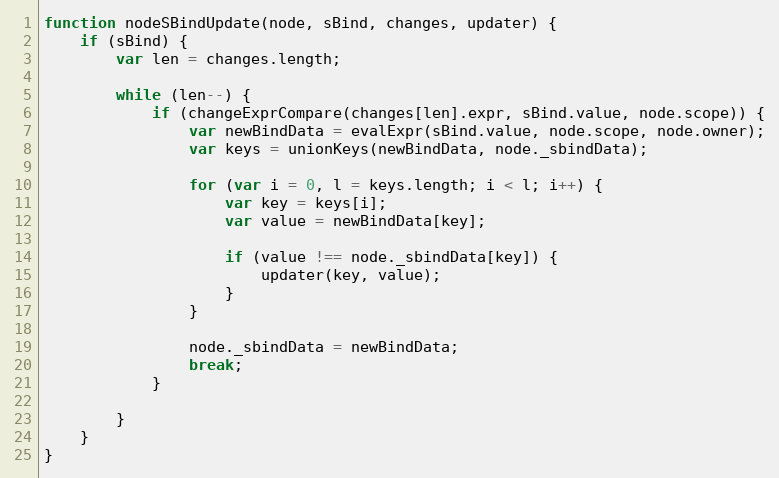
Language: JavaScript
function nodeSBindUpdate(node, sBind, changes, updater) {
    if (sBind) {
        var len = changes.length;

        while (len--) {
            if (changeExprCompare(changes[len].expr, sBind.value, node.scope)) {
                var newBindData = evalExpr(sBind.value, node.scope, node.owner);
                var keys = unionKeys(newBindData, node._sbindData);

                for (var i = 0, l = keys.length; i < l; i++) {
                    var key = keys[i];
                    var value = newBindData[key];

                    if (value !== node._sbindData[key]) {
                        updater(key, value);
                    }
                }

                node._sbindData = newBindData;
                break;
            }

        }
    }
}